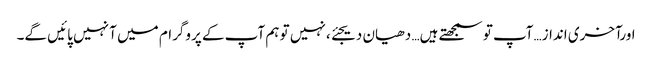
اورآخری انداز…آپ تو سمجھتے ہیں… دھیان دیجئے، نہیں تو ہم آپ کے پروگرام میں آ نہیں پائیں گے۔